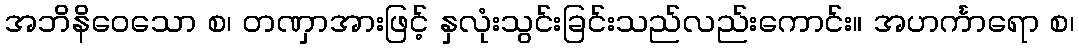
အဘိနိဝေသော စ၊ တဏှာအားဖြင့် နှလုံးသွင်းခြင်းသည်လည်းကောင်း။ အဟင်္ကာရော စ၊